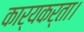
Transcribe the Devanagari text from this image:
कार्यकर्ता।